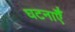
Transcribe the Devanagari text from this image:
घटनाऍँ